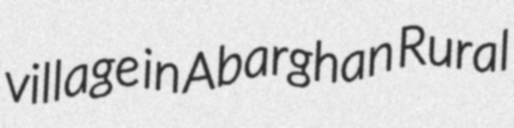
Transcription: village in Abarghan Rural